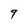
Character: 9